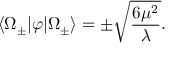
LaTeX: \langle \Omega _ { \pm } | \varphi | \Omega _ { \pm } \rangle = \pm { \sqrt { \frac { 6 \mu ^ { 2 } } { \lambda } } } .